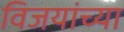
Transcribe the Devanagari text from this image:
विजयांच्या